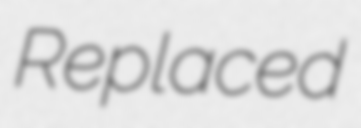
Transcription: Replaced